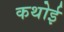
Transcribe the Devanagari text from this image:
कथोई